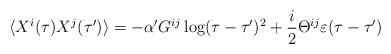
LaTeX: \begin{align*}\langle X^i(\tau) X^j(\tau ') \rangle =- \alpha ' G^{ij} \log (\tau - \tau ' )^2 + {i\over 2}\Theta^{ij} \varepsilon (\tau - \tau ')\end{align*}